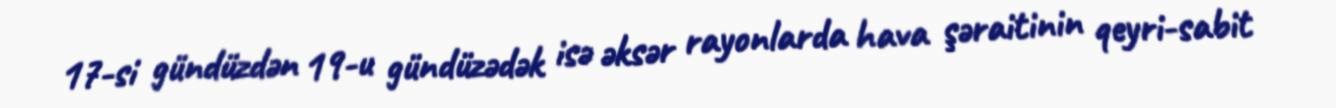
17-si gündüzdən 19-u gündüzədək isə əksər rayonlarda hava şəraitinin qeyri-sabit